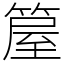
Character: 箼